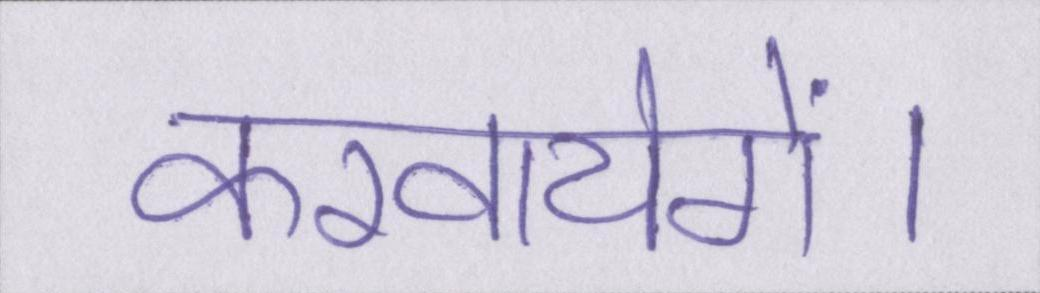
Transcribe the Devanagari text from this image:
करवायेगें।